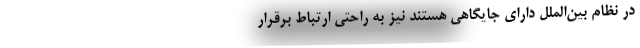
در نظام بین‌الملل دارای جایگاهی هستند نیز به راحتی ارتباط برقرار